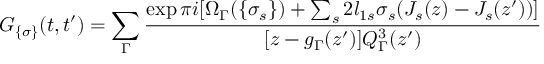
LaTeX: G _ { \{ \sigma \} } ( t , t ^ { \prime } ) = \sum _ { \Gamma } \frac { \exp \pi i [ \Omega _ { \Gamma } ( \{ \sigma _ { s } \} ) + \sum _ { s } 2 l _ { 1 s } \sigma _ { s } ( J _ { s } ( z ) - J _ { s } ( z ^ { \prime } ) ) ] } { [ z - g _ { \Gamma } ( z ^ { \prime } ) ] Q _ { \Gamma } ^ { 3 } ( z ^ { \prime } ) }